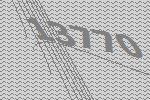
13770